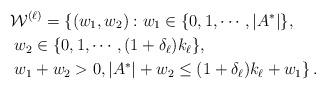
LaTeX: \begin{align*} & \mathcal{W}^{(\ell)} = \left\{ (w_1, w_2): w_1 \in \{ 0, 1, \cdots, |A^{\ast}| \}, \right. \\ & \left. w_2 \in \{ 0,1, \cdots, (1+ \delta_{\ell}) k_{\ell} \}, \right. \\ & \left. w_1 + w_2 >0, |A^{\ast}| + w_2 \leq (1+ \delta_{\ell}) k_{\ell} + w_1 \right\}. \end{align*}